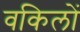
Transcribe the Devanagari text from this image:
वकिलों